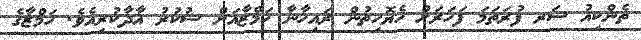
ތެންކިއު ސަރ ފުރަތަމަ ފަހަރަށް ހެޔޮހިތުން ރައިހާނާ ހަމްޒާއަށް ޝުކުރު އާދާކުރިއެވެ. ހަމްޒާގެ